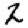
Digit: 2